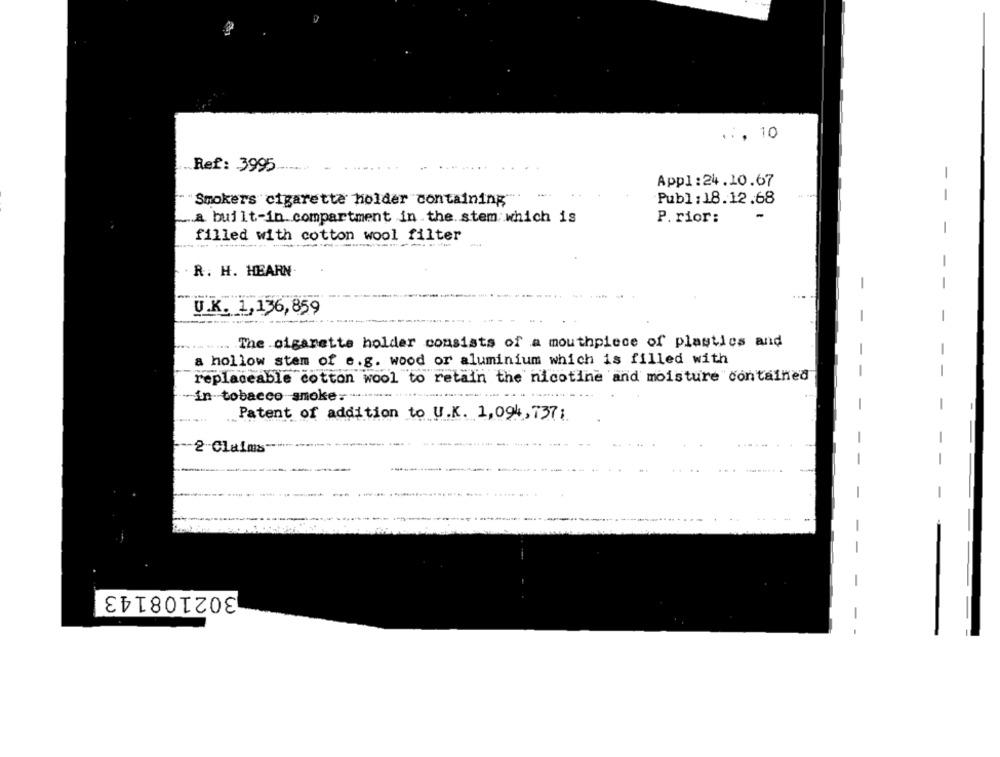
.., 10
Ref: 3995
Appl:24.10.67
-
- -
Smokers cigarette holder containing"
Publ:18.12.68
a built-in.compartment in the.stem which is
P. rior:
filled with cotton wool filter
R. H. HEARN
-
U.K. 1,136,859
-
The cigarette holder consists of a mouthpiece of plastics and
-
a hollow stem of e.g. wood or aluminium which is filled with
-
replaceable cotton wool to retain the nicotine and moisture contained
in tobacco smoke:"
-
Patent of addition to U.K. 1,094, 737;
2 Claims-
302108143